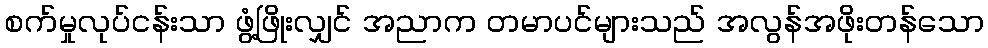
စက်မှုလုပ်ငန်းသာ ဖွံ့ဖြိုးလျှင် အညာက တမာပင်များသည် အလွန်အဖိုးတန်သော